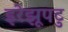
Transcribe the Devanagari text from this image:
इरेझूपटु